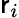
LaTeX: \mathsf{r}_{i}